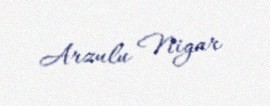
Arzulu Nigar